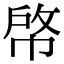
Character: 𢃘